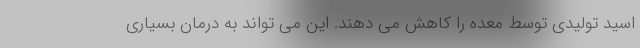
اسید تولیدی توسط معده را کاهش می دهند. این می تواند به درمان بسیاری